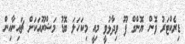
ޑިރެކްޓަރު ވޮން ޔޮންގް ފޫ ވިދާޅުވީ މިއީ މިކަހަލަ ބޮޑު މަޝްރޫއަކަށް ޗައިނާއިން